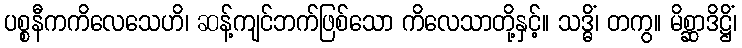
ပစ္စနီကကိလေသေဟိ၊ ဆန့်ကျင်ဘက်ဖြစ်သော ကိလေသာတို့နှင့်။ သဒ္ဓိံ၊ တကွ။ မိစ္ဆာဒိဋ္ဌိံ၊